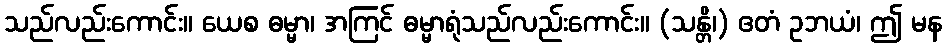
သည်လည်းကောင်း။ ယေစ ဓမ္မာ၊ အကြင် ဓမ္မာရုံသည်လည်းကောင်း။ (သန္တိ၊) ဧတံ ဥဘယံ၊ ဤ မန